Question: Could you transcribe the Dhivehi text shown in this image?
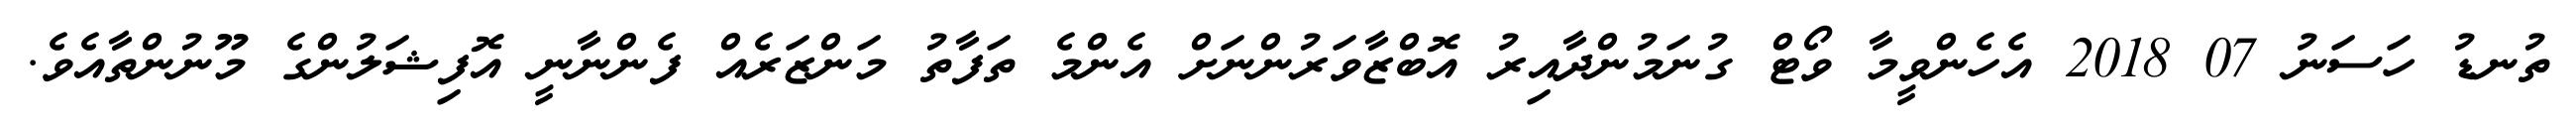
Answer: ތުނޑު ހަސަނު 07 2018 އެހެންވީމާ ވޯޓް ގުނަމުންދާއިރު އޮބްޒާވަރުންނަށް އެންމެ ތަފާތު މަންޒަރެއް ފެންނާނީ އޮފިޝަލުންގެ މޫނުންތާއެވެ.